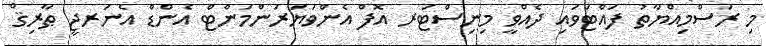
މި ރަސްމިއްޔާތު ފައްޓަވައި ދެއްވީ މިނިސްޓަރ އޮފް އެންވަޔަރަންމަންޓް އެންޑް އެނަރޖީ ޠާރިޤް